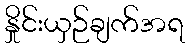
နှိုင်းယှဉ်ချက်အရ